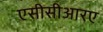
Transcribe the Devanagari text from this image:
एसीसीआरए